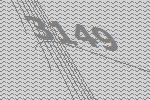
3149